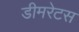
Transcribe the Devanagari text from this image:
डीमरेटस